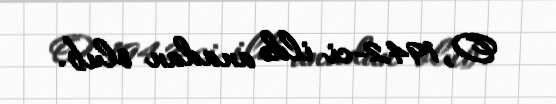
O, 1942-ci ildə anadan olub.